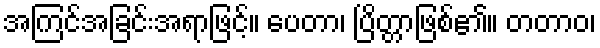
အကြင်အခြင်းအရာဖြင့်။ ပေတာ၊ ပြိတ္တာဖြစ်၏။ တတာဝ၊